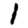
Digit: 1